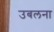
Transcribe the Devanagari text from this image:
उबलना